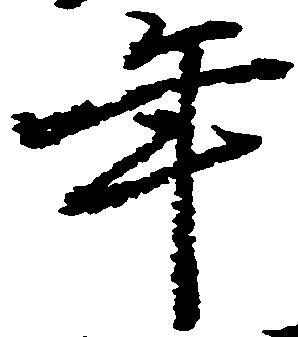
年